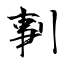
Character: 剚